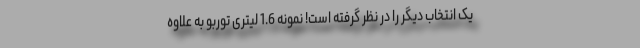
یک انتخاب دیگر را در نظر گرفته است! نمونه 1.6 لیتری توربو به علاوه